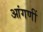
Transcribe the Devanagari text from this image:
आंगणीं